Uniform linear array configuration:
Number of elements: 48
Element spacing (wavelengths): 1
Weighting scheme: kaiser
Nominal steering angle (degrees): -15
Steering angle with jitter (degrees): -16.183
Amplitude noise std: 0.05
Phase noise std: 0.05

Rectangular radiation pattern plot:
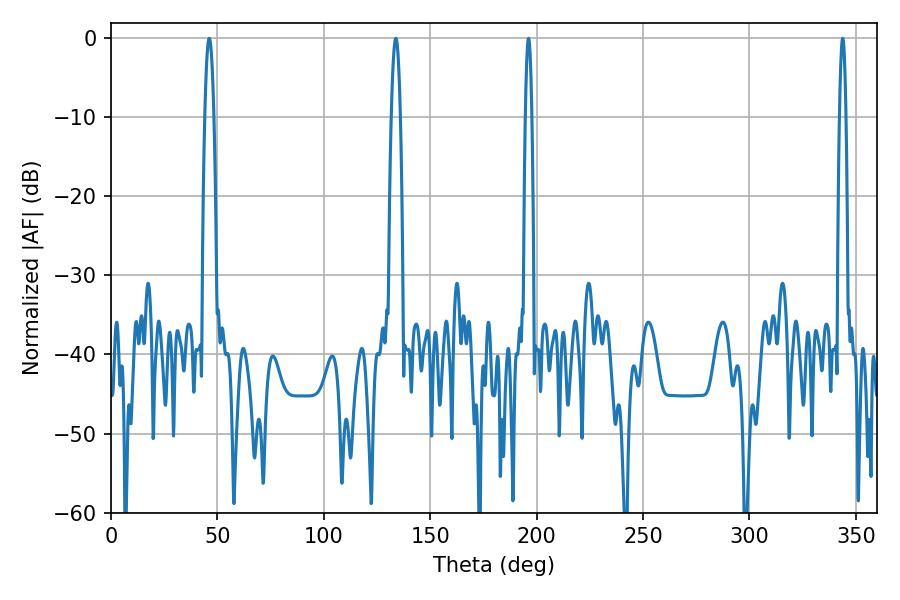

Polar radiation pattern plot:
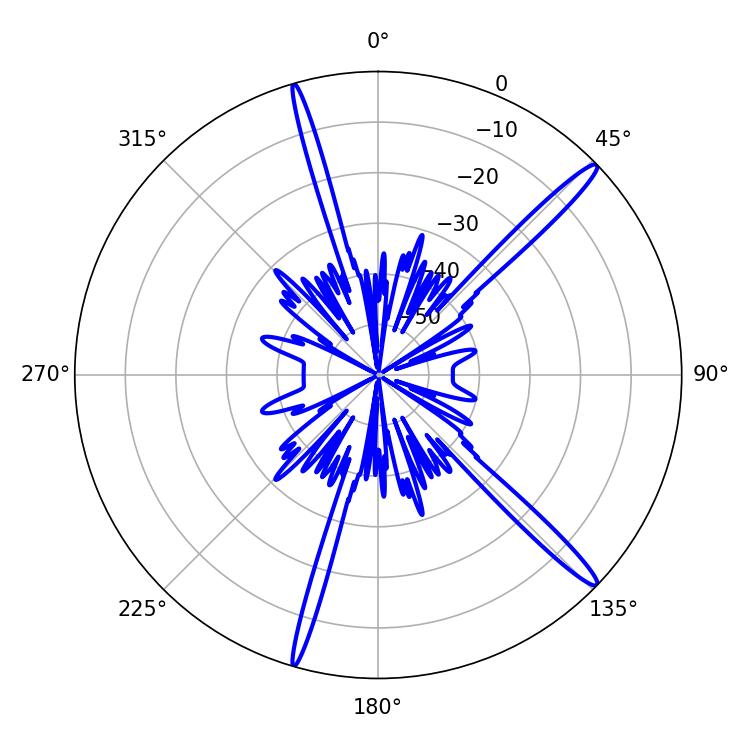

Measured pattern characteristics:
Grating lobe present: TRUE
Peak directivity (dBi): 16.326
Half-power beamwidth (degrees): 1.44
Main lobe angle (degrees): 343.8